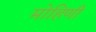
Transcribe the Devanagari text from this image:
मोहिणी